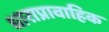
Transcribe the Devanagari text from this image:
धाराप्रावाहिक